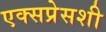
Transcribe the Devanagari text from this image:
एक्सप्रेसशी